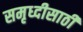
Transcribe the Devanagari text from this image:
समृध्दीसाठी